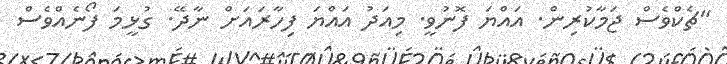
"ޗެކްވެސް ޖަމާކުރިން. އައްޔަ ފޮނުވީ. މިއަދު އައްޔަ ފިހާރައަށް ނާދޭ. ގުޅީމަ ފޯނެއްވެސް